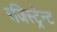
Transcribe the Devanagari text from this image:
रजिस्ट्रेन्ट